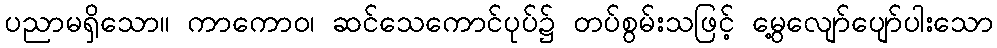
ပညာမရှိသော။ ကာကောဝ၊ ဆင်သေကောင်ပုပ်၌ တပ်စွမ်းသဖြင့် မွေ့လျော်ပျော်ပါးသော